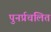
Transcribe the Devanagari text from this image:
पुनर्प्रचलित